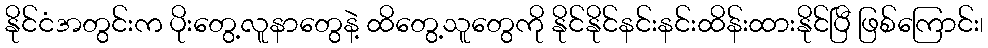
နိုင်ငံအတွင်းက ပိုးတွေ့လူနာတွေနဲ့ ထိတွေ့သူတွေကို နိုင်နိုင်နင်းနင်းထိန်းထားနိုင်ပြီ ဖြစ်ကြောင်း၊